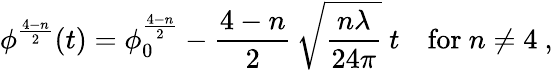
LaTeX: \phi^{\frac{4-n}{2}}(t)=\phi_{0}^{\frac{4-n}{2}}-\frac{4-n}{2}\, \sqrt{\frac{n\lambda}{24\pi}}\ t\ \ \ \ \mathrm{for}\ n\not=4\ ,